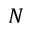
N